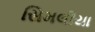
સિમલીયા